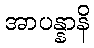
အာပန္နာနိ